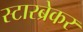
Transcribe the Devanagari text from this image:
स्टारब्रेकर